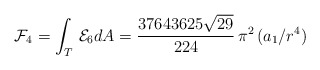
\begin{align*}{\cal F}_{4}=\int_{T}\, {\cal E}_{6} dA=\frac{37643625 \sqrt{29}}{224}\, \pi^2\, (a_{1}/r^4)\end{align*}